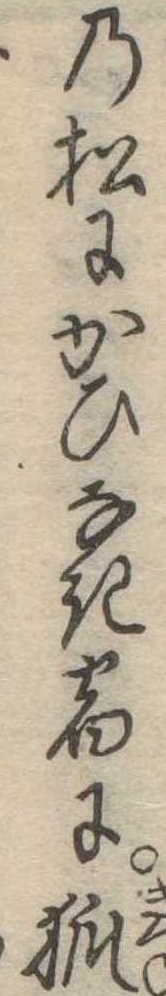
の松にかひなき宿に狐